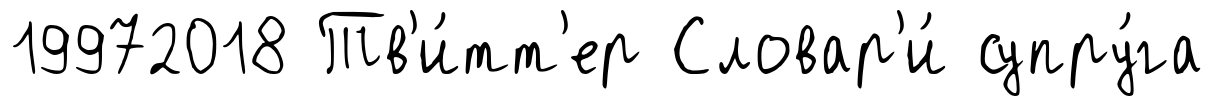
19972018 Тв'и́тт'ер Словар'и́ супру́га